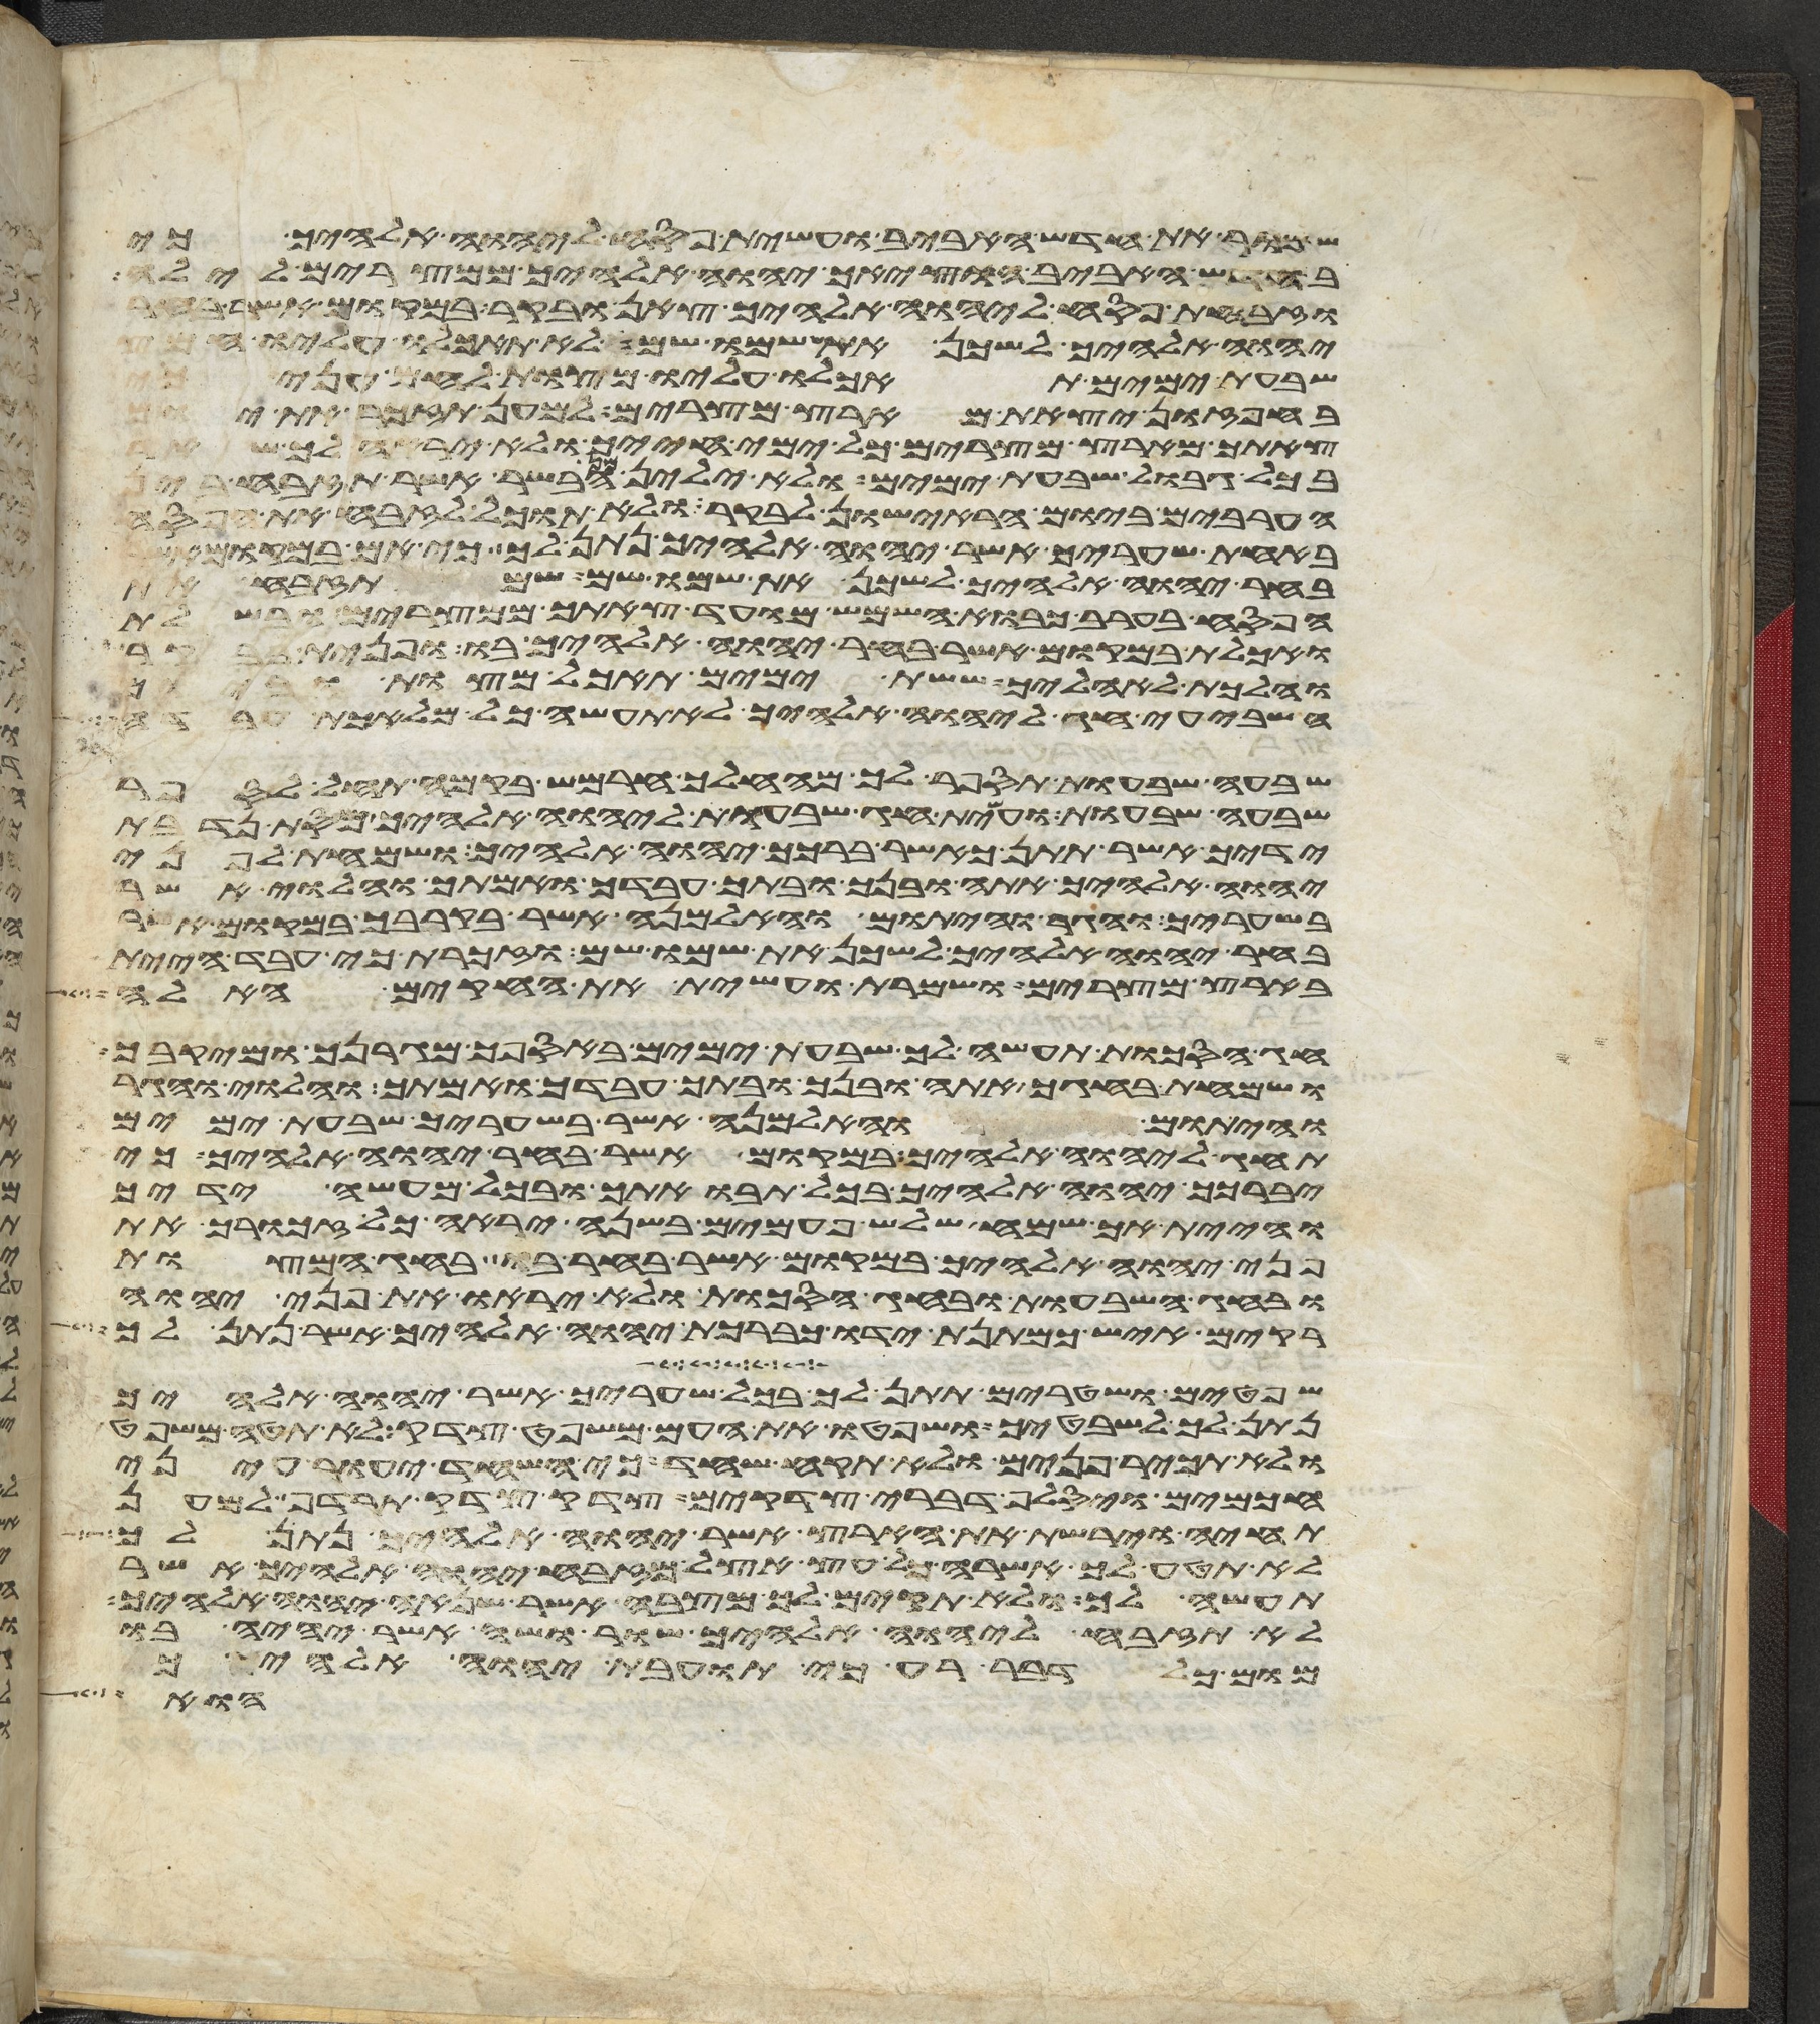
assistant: שמור את חדש האביב ועשית פסח ליהוה אלהיך כי
בחדש האביב הוציאך יהוה אלהיך ממצרים לילה
וזבחת פסח ליהוה אלהיך צאן ובקר במקום אשר בחר
יהוה אלהיך לשכן את שמו שם לא תאכלו עליו חמץ
שבעת ימים תאכלו עליו מצות לחם עני
בחפזון יצאת מארץ מצרים למען תזכר את יום
צאתך מארץ מצרים כל ימי חייך ולא יראה
בכל גבולך שבעת ימים ולא ילין מן הבשר אשר תזבח בין
הערבים ביום הראישון לבקר ולא תוכל לזבח את הפסח
באחת שעריך אשר יהוה אלהיך נתן לך כי אם במקום
בחר יהוה אלהיך לשכן את שמו שם שם תזבח את
הפסח בערב כבוא השמש מועד צאתך ממצרים ובשלת
ואכלת במקום אשר בחר יהוה אלהיך בו ופנית בבקר
והלכת לאהליך ששת ימים תאכל מצות וביום
השביעי חג ליהוה אלהיך לא תעשה כל מלאכת עבדה
שבעה שבעות תספר לך מהחלך חרמש בקמה תחל לספר
שבעה שבעות ועשית חג שבעות ליהוה אלהיך מסת נדבת
ידיך אשר תתן כאשר ברכך יהוה אלהיך ושמחת לפני
יהוה אלהיך אתה ובנך ובתך עבדך ואמתך והלוי אשר
בשעריך והגר והיתום והאלמנה אשר בקרבך במקום אשר
בחר יהוה אלהיך לשכן את שמו שם וזכרת כי עבד היית
בארץ מצרים ושמרת ועשית את החקים האלה
חג הסכות תעשה לך שבעת ימים באספך מגרנך ומיקבך
ושמחת בחגך אתה ובנך ובתך עבדך ואמתך והלוי והגר
והיתום והאלמנה אשר בשעריך שבעת ימים
תחג ליהוה אלהיך במקום אשר בחר יהוה אלהיך כי
יברכך יהוה אלהיך בכל תבואתך ובכל מעשה ידיך
והיית אך שמח שלש פעמים בשנה יראה כל זכורך את
פני יהוה אלהיך במקום אשר בחר בו בחג המצות
ובחג השבעות ובחג הסכות ולא יראו את פני יהוה
רקים איש כמתנת ידו כברכת יהוה אלהיך אשר נתן לך
שפטים ושטרים תתן לך בכל שעריך אשר יהוה אלהיך
נתן לך לשבטיך ושפטו את העם משפט צדק לא תטה משפט
ולא תכיר פנים ולא תקח שחד כי השחד יעור עיני
חכמים ויסלף דברי צדקים צדק צדק תרדף למען
תחיה וירשת את הארץ אשר יהוה אלהיך נתן לך
לא תטע לך אשרה כל עץ אצל מזבח יהוה אלהיך אשר
תעשה לך ולא תקים לך מצבה אשר שנאה יהוה אלהיך
לא תזבח ליהוה אלהיך שור ושה אשר יהיה בו
מום כל דבר רע כי תועבת יהוה אלהיך
הוא